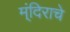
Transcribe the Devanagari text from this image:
म्ंदिराचे